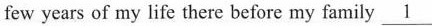
few years of my life there before my family \underline{1}